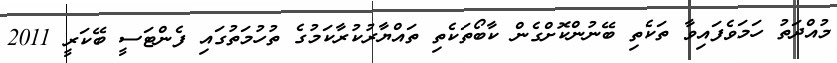
މުއްދަތު ހަމަވެފައިވާ ތަކެތި ބޭނުންކޮށްގެން ކާބޯތަކެތި ތައްޔާރުކުރާކަމުގެ ތުހުމަތުގައި ފެންޓަސީ ބޭކަރީ 2011